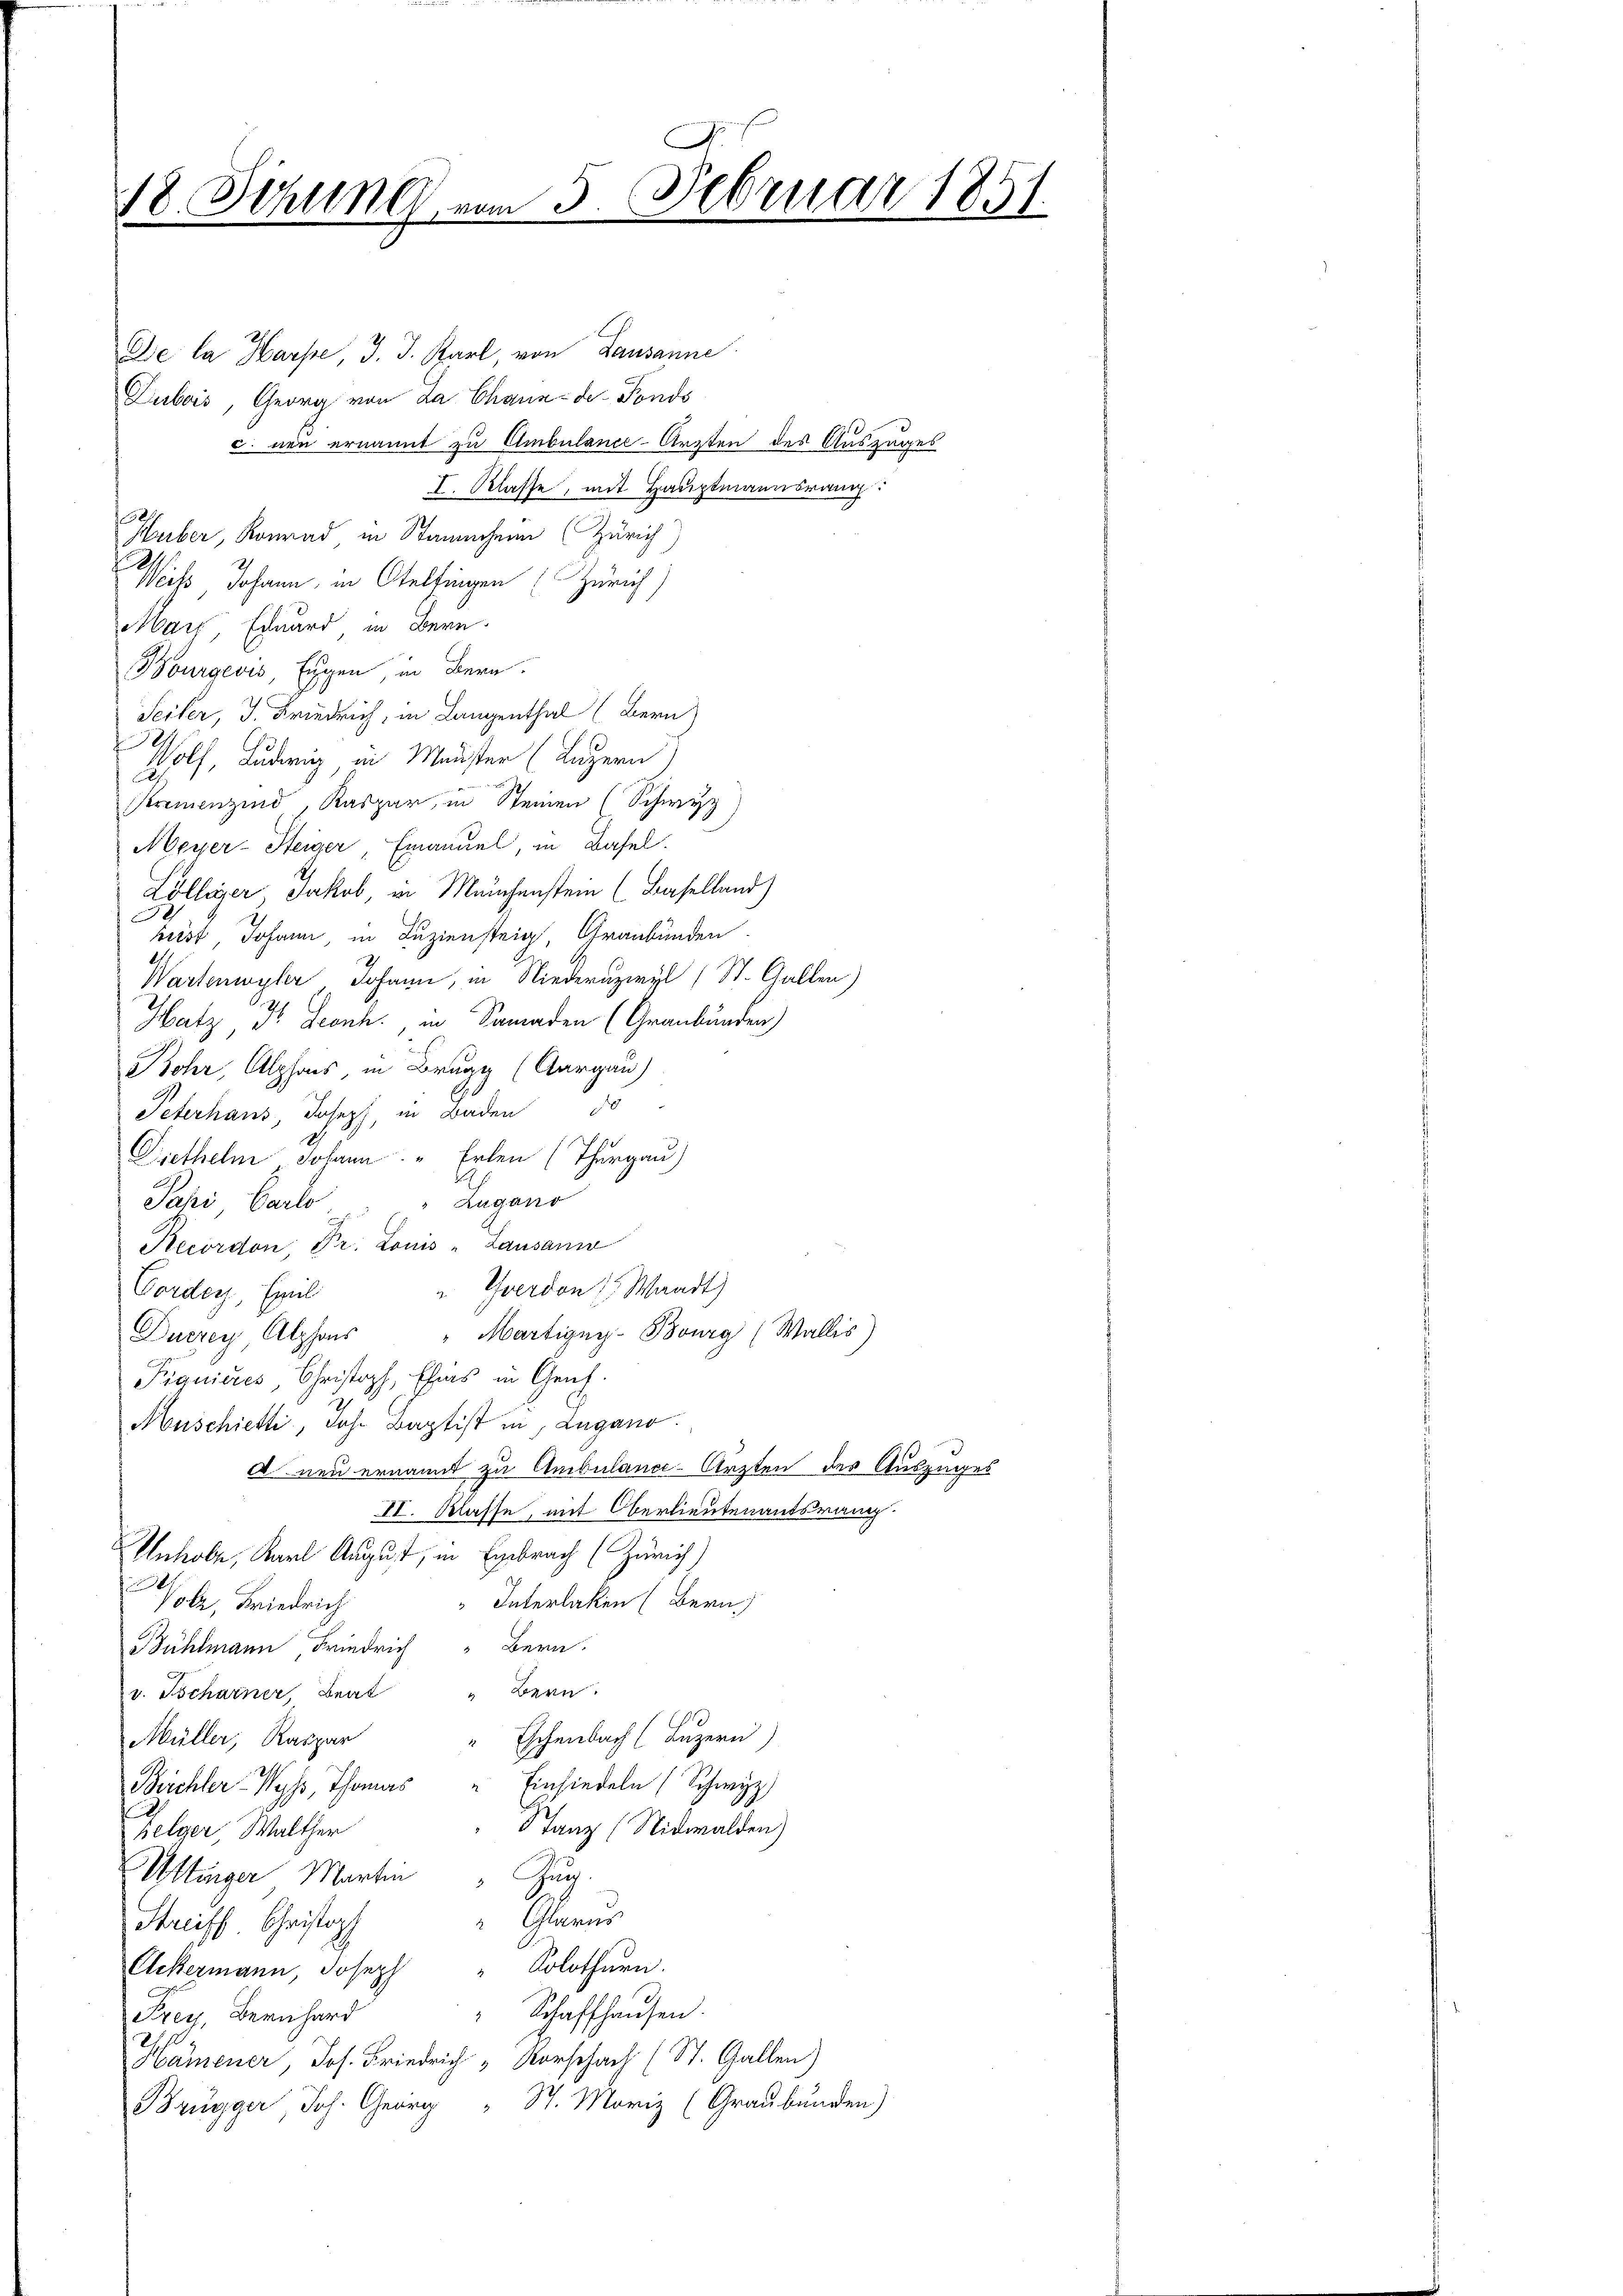
18. Sitzung vom 5. Februar 1851.
e

De la Harpe J. J. Karl, von Lausanne
Dubois, Georg von La Chaux-de-Fonds
c. neu ernannt zu Ambulance-Arzten des Auszuges
I. Klasse, mit Hauptmannsrang
Huber, Konrad in Stammheim (Zürich
Weiß Johann, in Otelfingen (Zürich)
Marz, Eduard in Bern.
Bourgeois, Eugen, in Bern.
Seiter, J. Friedrich, in Langenthal (Bern)
Holf, Ludwig, in Meister (Luzern
Kremenzind, Kaspar, in Steinen (Schwyz)
Meyer-Steiger, Emanuel, in Basel.
Lölliger Jakob, in Meuchenstein (Baselland)
berst Johann in Luziensteig, Graubünden.
Wartenwyler Johann, in Niederuzwyl (St. Gallen)
Hatz, Dr Leonh., in Samaden (Graubünden)
Bohr, Alphons, in Brugg (Aargau)
Peterhaus, Joseph, in Baden do
Diethelm Johann Erlen (Thurgau)
Pahi Carlo, " " Lugano
Recordon, Pr. Louis „Lausann
" Yverdon Waadt)
Corder, Emil
Duczey Alphons " Martigny-Burg (Wallis)
Fianieres, Christoph, Ehens in Genf.
Muschietti, Joh. Baptist in Lugano.
d neu ernannt zu Ambulance-Ärzten des Auszuges
II. Klasse, mit Oberlieutenantsrang
Inhabe, Karl August, in Embrach (Zürich)
Interlaken (Bern,
Vole, Friedrich
Bühlmann Friedrich " Bern.
v. Tscharner, Beat " Bern.
Eschenbach (Luzern)
Müller, Kaspar
Einsiedeln (Schwyz)
Beichler Wyss, Thomas
5 Tanz (Nidwalden)
Zelger Walther
Uttinger Martin " Zug.
 Glarus
Streiff Christopf
Solothurn.
Ackermann, Joseph
Schaffhausen.
Frey, Bernhard
h
Hämener, Jos. Friedrich „Rorschach (St. Gallen)
Brügger, Joh. Georg " St. Moriz (Graubünden)